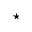
\star